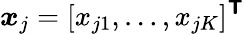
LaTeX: \boldsymbol{x}_{j}=[x_{j1},\ldots,x_{jK}]^{\boldsymbol{\mathsf{T}}}